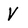
Character: V